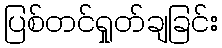
ပြစ်တင်ရှုတ်ချခြင်း